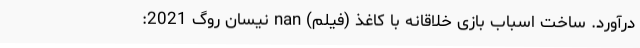
درآورد. ساخت اسباب بازی خلاقانه با کاغذ (فیلم) nan نیسان روگ 2021: